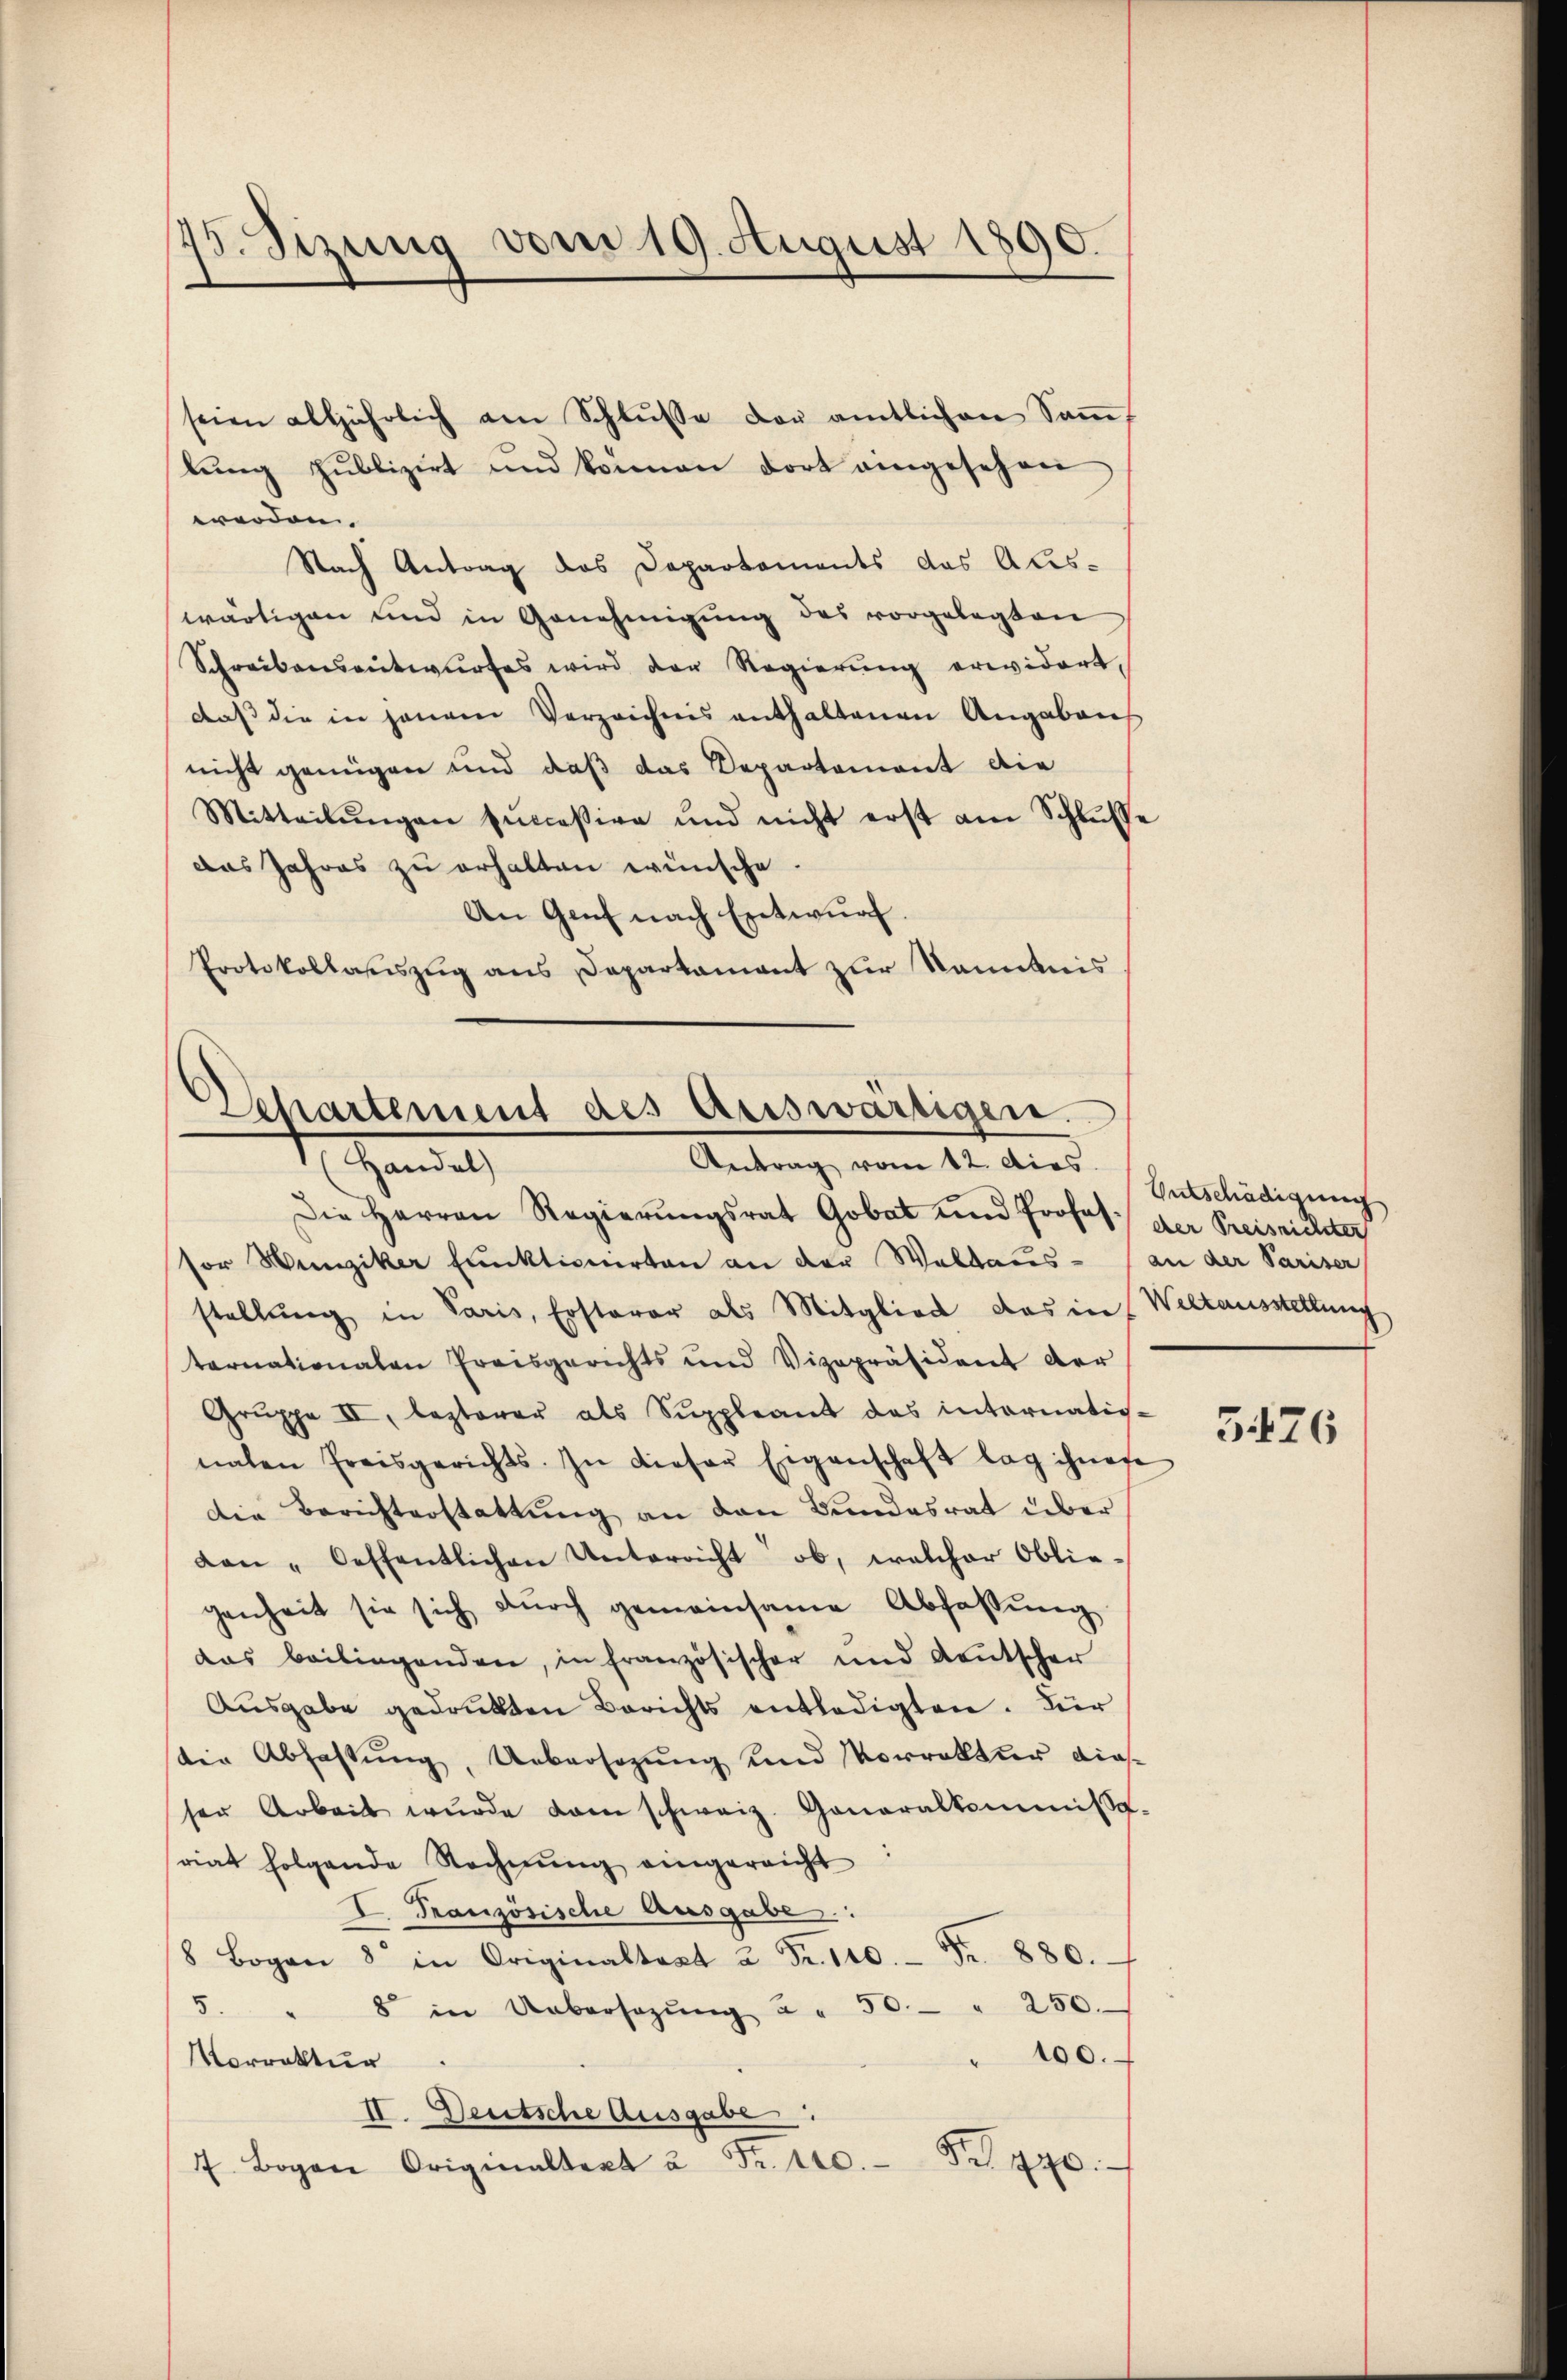
45. Sizung vom 19. August 1890.

worden.
Nach Antrag des Departements das Aus-
wärtigen und in Genehmigŭng des vorgelegten
Schreibensentwurfes wird der Regierung erwidert,
daβ die in jenem Verzeichnis enthaltenen Angaben
nicht genügen und daß das Departement die
Mitteilŭngen successive und nicht erst am Schlŭsse
das Jahres zu erhalten wünsche
An Genf nach Entwurf.
Protokollauszug aus Departament zur Kenntnis

seien alljährlich am Schlŭsse der amtlichen Soṁ
lŭng publizirt und können dort eingesehen

Departement des auswärtigen.
4. Handel
Antrag vom 12. dies

Entschädigung

Die Herren Regierŭngsrat Gobat und Profes der Preisrichter
sor Weinziker Funktionirten an der Waldaus- (an der Pariser
stellung in Paris, Ersterer als Mitglied das in Weltausstellung
tarnationalen Preisgerichts und Vizepräsident der
Grŭppe II, lezterer als Suppleant das internatig-
nahen Preisgerichts. In dieser Eigenschaft lag ihnen
die Berichterstattung an den Bundesrat über
Lan „Oeffentlichen Unterricht ob, welcher Obliegenheit sie sich dŭrch gemeinsame Abfassŭng
das beilingenden, in französischer und Leŭtscher
Ausgabe gedrukten Berichts entledigten. Für
die Abfassung, Uebersezung und Vorrektur diesser Arbeit wurde dan schweiz. Generalkommissa.
riat folgende Rechnung eingereicht
I. Französische Ausgabe.
8 Bogen 8 in Originaltrat u. Fr. 140. Fr. 880.
5.
8 in Uebersezŭng u. 50. " 250.
100.
Norrektur
II. Deutsche Ausgabe
7 Bogen Originaltert u. Fr. 100. Fr. 470.

3476